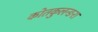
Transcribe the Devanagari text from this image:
कोतकुलन्ङरा